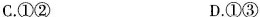
C.①② D.①③